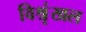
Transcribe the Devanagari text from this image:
विश्रृंखल